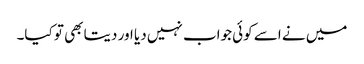
میں نے اسے کوئی جواب نہیں دیا اور دیتا بھی تو کیا۔